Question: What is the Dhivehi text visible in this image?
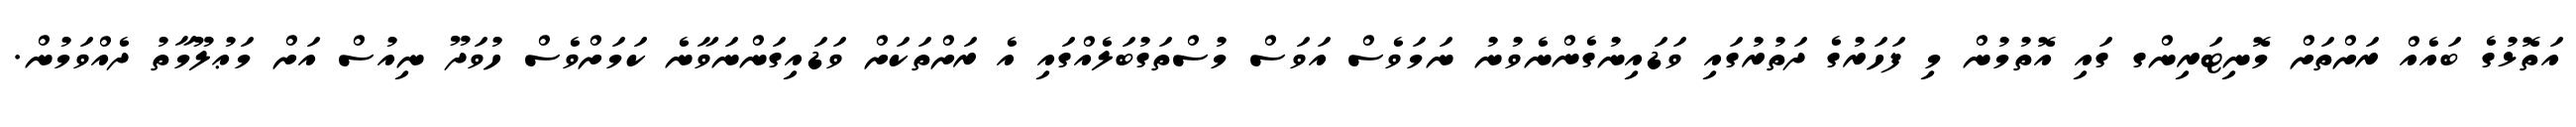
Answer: އަތޮޅުގެ ބައެއް ރަށްތަށް މޮނިޓަރިންގ ގައި އޮތުމުން މި ފަހަރުގެ ދަތުރުގައި ވަޑައިނުގެންނެވުނު ނަމަވެސް އަވަސް މުސްތަގުބަލެއްގައި އެ ރަށްތަކަށް ވަޑައިގަންނަވާނެ ކަމަށްވެސް ހުވަދޫ ނިއުސް އަށް މަޢުލޫމާތު ދެއްވަމުން.